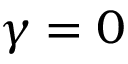
\gamma = 0